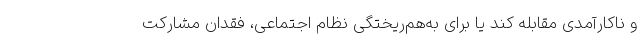
و ناکارآمدی مقابله کند یا برای به‌هم‌ریختگی نظام اجتماعی، فقدان مشارکت